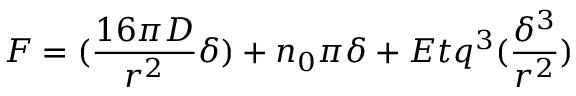
F = ( \frac { 1 6 \pi D } { r ^ { 2 } } \delta ) + n _ { 0 } \pi \delta + E t q ^ { 3 } ( \frac { \delta ^ { 3 } } { r ^ { 2 } } )